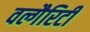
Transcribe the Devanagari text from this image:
वल्गैरिटी